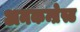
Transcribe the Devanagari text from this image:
अनकम्प्रेस्ड